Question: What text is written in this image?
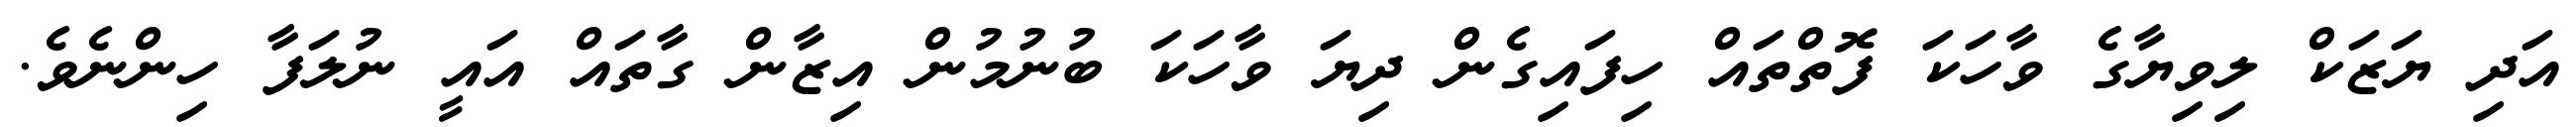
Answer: އަދި ޔަޒަކް ލިވިޔާގެ ވާހަކަ ފޮތްތައް ހިފައިގެން ދިޔަ ވާހަކަ ބުނުމުން އިޒާން ގާތައް އައީ ނުލަފާ ހިންނެވެ.